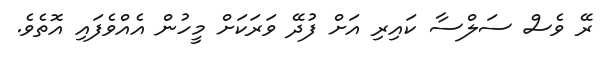
ރޭ ވެސް ސަލްސާ ކައިރި އަށް ފުދޭ ވަރަކަށް މީހުން އެއްވެފައި އޮތެވެ.